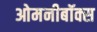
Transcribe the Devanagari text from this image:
ओमनीबॉक्स